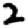
Digit: 2